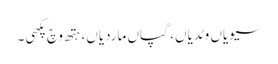
سیویاں وٹدیاں، گپاں ماردیاں، ہتھ وچ پکھی۔